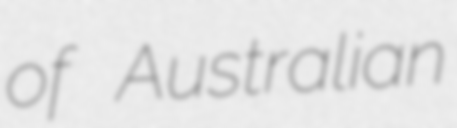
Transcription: of Australian